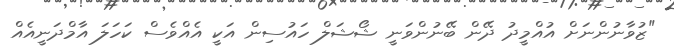
"ޒުވާނުންނަށް އުއްމީދު ދޭން ބޭނުންވަނީ ޝޯޝަލް ހައުސިން އަކީ އެއްވެސް ކަހަލަ އާމްދަނީއެއް